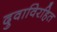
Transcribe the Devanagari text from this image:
दुवाविरहित